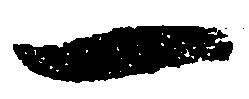
一